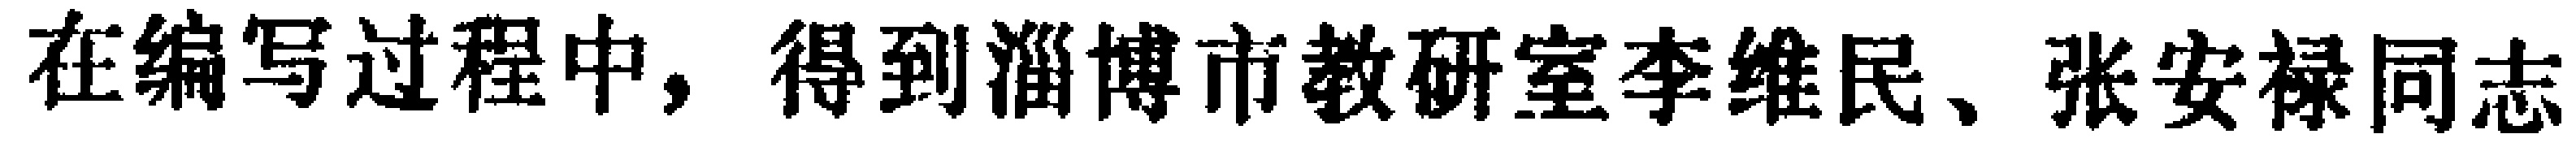
在编写过程中，得到淄博市教研室李维民、张安禄同志